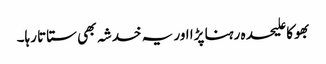
بھوکا علیحدہ رہنا پڑا اور یہ خدشہ بھی ستاتا رہا۔